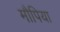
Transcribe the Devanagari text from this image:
मौपिया